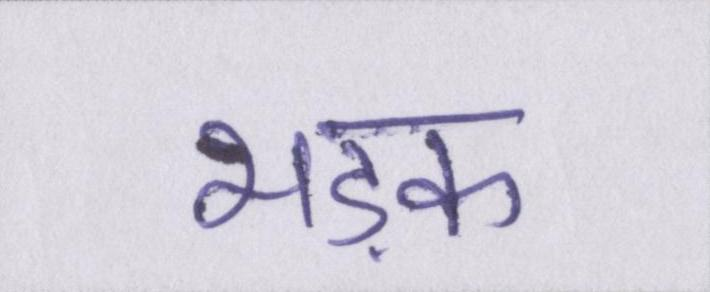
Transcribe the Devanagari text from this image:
भड़क